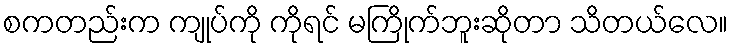
စကတည်းက ကျုပ်ကို ကိုရင် မကြိုက်ဘူးဆိုတာ သိတယ်လေ။